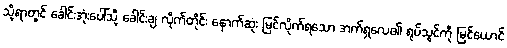
သို့ရာတွင် ခေါင်းအုံးပေါ်သို့ ခေါင်းချ လိုက်တိုင်း နောက်ဆုံး မြင်လိုက်ရသော အက်ရှလေ၏ ရုပ်သွင်ကို မြင်ယောင်